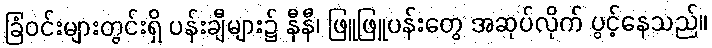
ခြံဝင်းများတွင်းရှိ ပန်းချီများ၌ နီနီ၊ ဖြူဖြူပန်းတွေ အဆုပ်လိုက် ပွင့်နေသည်။